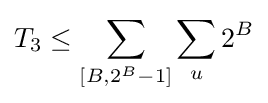
T_{3}\leq \sum _{[B,2^{B}-1]}\sum _{u}2^{B}